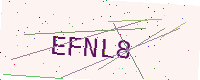
Text: EFNL8